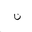
Letter: _non